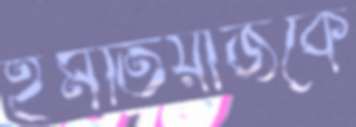
ইমতিয়াজকে